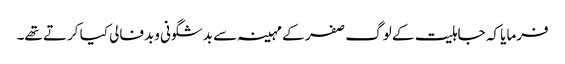
فرمایا کہ جاہلیت کے لوگ صفر کے مہینہ سے بدشگونی وبدفالی کیا کرتے تھے۔